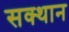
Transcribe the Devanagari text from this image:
सक्थान